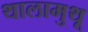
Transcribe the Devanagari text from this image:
थालामुथू